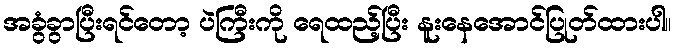
အခွံခွာပြီးရင်တော့ ပဲကြီးကို ရေထည့်ပြီး နူးနေအောင်ပြုတ်ထားပါ။